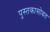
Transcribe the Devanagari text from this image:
पुस्तकासोबत